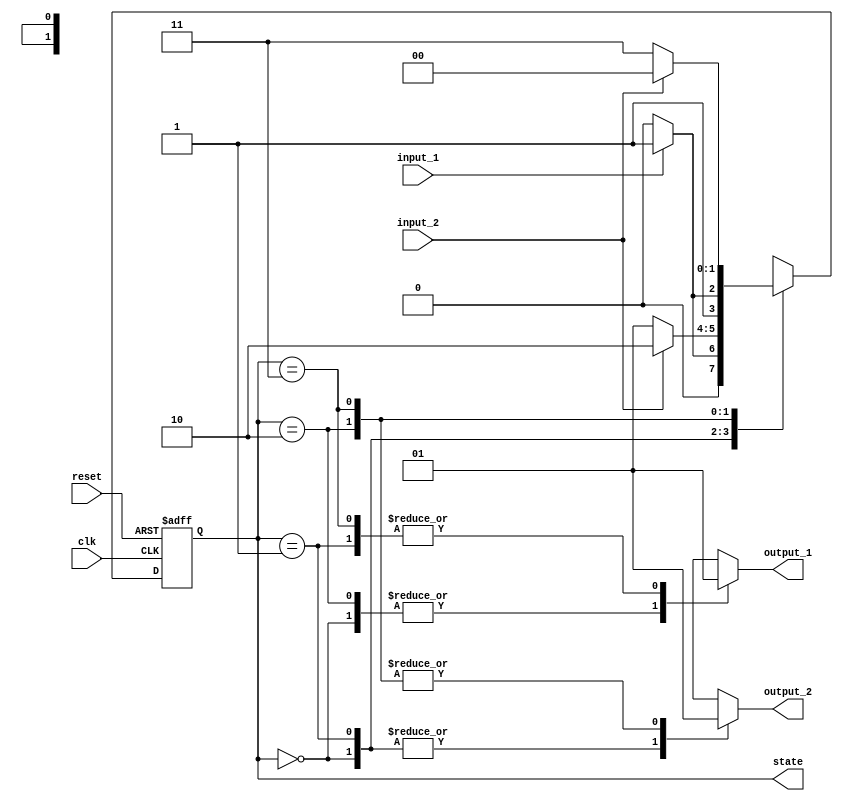
module FSM (
    input wire clk,  // Clock signal
    input wire reset,  // Reset signal
    
    // Inputs to the FSM
    input wire input_1,
    input wire input_2,
    
    // Outputs of the FSM
    output reg output_1,
    output reg output_2,
    
    // State outputs
    output reg [1:0] state
);

reg [1:0] current_state, next_state;  // Current and next state variables

// Define states as parameters
parameter STATE_0 = 2'b00;
parameter STATE_1 = 2'b01;
parameter STATE_2 = 2'b10;
parameter STATE_3 = 2'b11;

always @ (posedge clk or posedge reset) begin
    if (reset) begin
        current_state <= STATE_0;  // Initialize to state 0 on reset
    end else begin
        current_state <= next_state;  // Update current state based on next state
    end
end

always @ (*) begin
    // Define state transitions based on current state and inputs
    case (current_state)
        STATE_0: begin
            if (input_1) begin
                next_state = STATE_1;
            end else begin
                next_state = STATE_0;
            end
        end
        STATE_1: begin
            if (input_2) begin
                next_state = STATE_2;
            end else begin
                next_state = STATE_1;
            end
        end
        STATE_2: begin
            if (input_1) begin
                next_state = STATE_3;
            end else begin
                next_state = STATE_2;
            end
        end
        STATE_3: begin
            if (input_2) begin
                next_state = STATE_0;
            end else begin
                next_state = STATE_3;
            end
        end
    endcase
end

always @ (current_state) begin
    // Define outputs based on current state
    case (current_state)
        STATE_0: begin
            output_1 = 1'b0;
            output_2 = 1'b0;
        end
        STATE_1: begin
            output_1 = 1'b1;
            output_2 = 1'b0;
        end
        STATE_2: begin
            output_1 = 1'b0;
            output_2 = 1'b1;
        end
        STATE_3: begin
            output_1 = 1'b1;
            output_2 = 1'b1;
        end
    endcase
end

// Assign state output
assign state = current_state;

endmodule